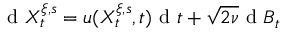
\textrm { d } X _ { t } ^ { \xi , s } = u ( X _ { t } ^ { \xi , s } , t ) \textrm { d } t + \sqrt { 2 \nu } \textrm { d } B _ { t }